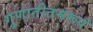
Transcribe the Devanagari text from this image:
गुणातीतमरूपं